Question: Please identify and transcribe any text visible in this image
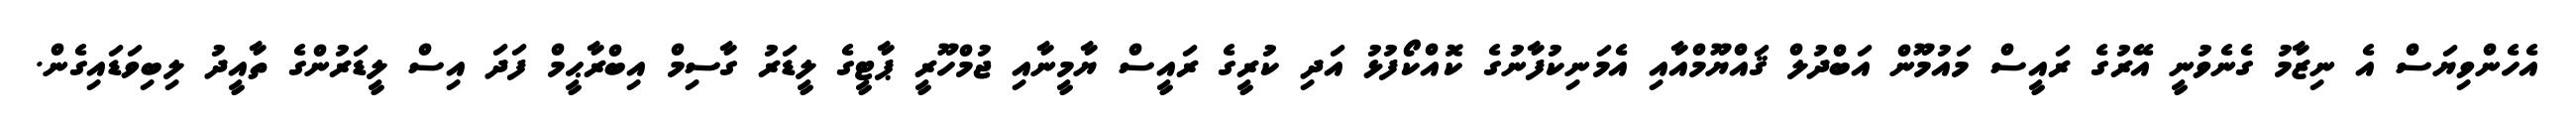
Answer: އެހެންވިޔަސް އެ ނިޒާމު ގެނެވުނީ އޭރުގެ ރައީސް މައުމޫން އަބްދުލް ޤައްޔޫމްއާއި އެމަނިކުފާނުގެ ކޮއްކޯފުޅު އަދި ކުރީގެ ރައީސް ޔާމީނާއި ޖުމްހޫރީ ޕާޓީގެ ލީޑަރު ގާސިމް އިބްރާޙީމް ފަދަ އިސް ލީޑަރުންގެ ތާއީދު ލިބިވަޑައިގެން.